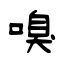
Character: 嗅